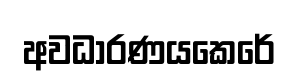
අවධාරණයකෙරේ